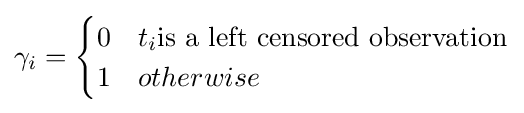
\gamma _{i}={\begin{cases}0&t_{i}{\text{is a left censored observation}}\\1&otherwise\end{cases}}